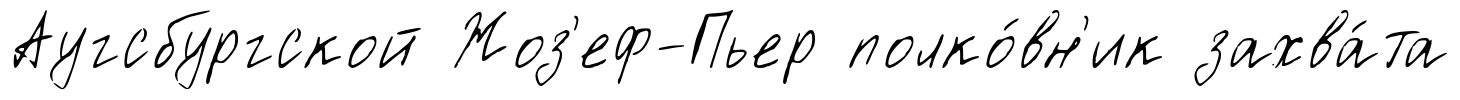
Аугсбургской Жоз'еф-Пьер полко́вн'ик захва́та